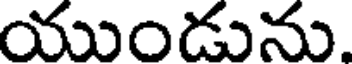
యుండును.